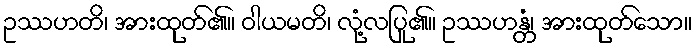
ဥဿဟတိ၊ အားထုတ်၏။ ဝါယမတိ၊ လုံ့လပြု၏။ ဥဿဟန္တံ၊ အားထုတ်သော။